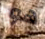
هو